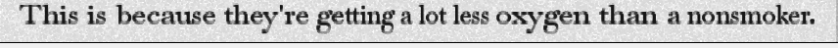
This is because they're getting a lot less oxygen than a nonsmoker.